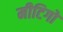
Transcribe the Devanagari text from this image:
मीटिगों